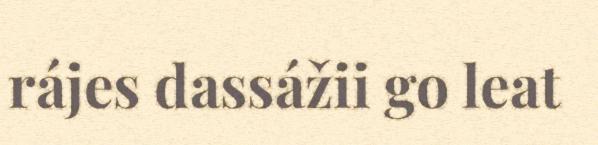
rájes dassážii go leat